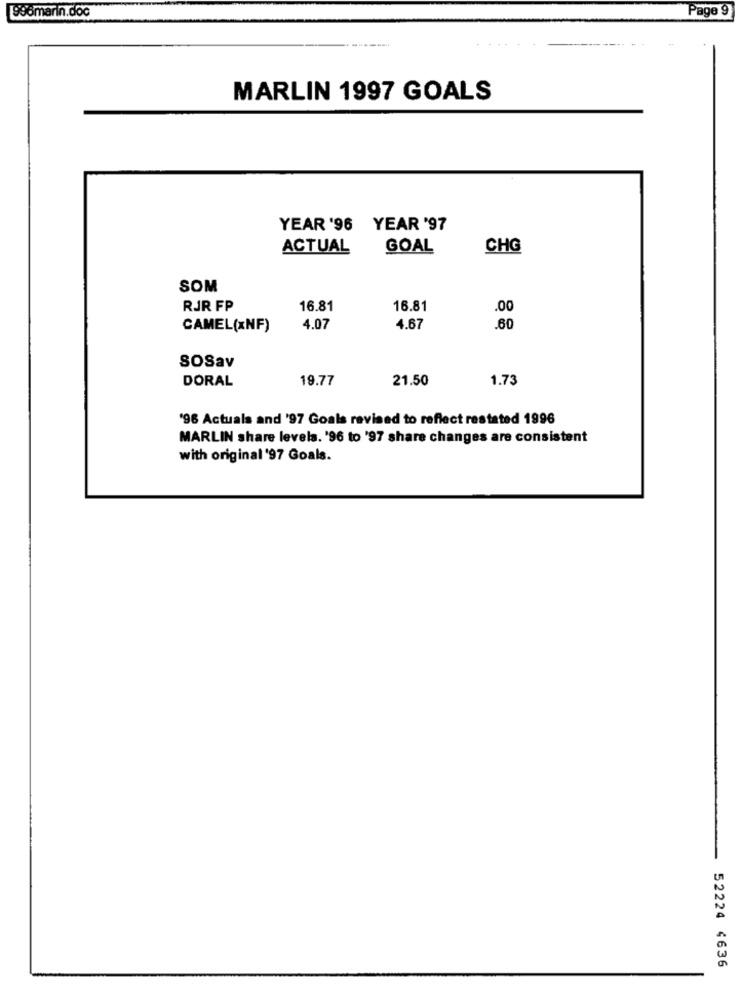
996marin.doc
Page 9
MARLIN 1997 GOALS
YEAR '96 YEAR '97
ACTUAL
GOAL
CHG
SOM
RJR FP
16.81
16.81
.00
CAMEL(xNF)
4.07
4.67
.60
SOSav
DORAL
19.77
21.50
1.73
'96 Actuals and '97 Goals revised to reflect restated 1996
MARLIN share levels. '96 to '97 share changes are consistent
with original '97 Goals.
52224 4636